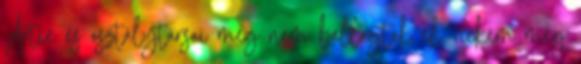
Artie és osztálytársai még nem ballagtak el. nekem meg